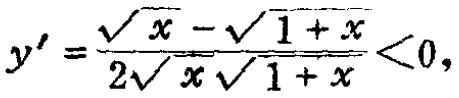
\(y^{\prime}=\frac{\sqrt{x}-\sqrt{1 + x}}{2\sqrt{x}\sqrt{1 + x}}<0,\)